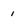
Character: 1